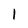
Character: 1